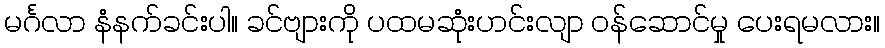
မင်္ဂလာ နံနက်ခင်းပါ။ ခင်ဗျားကို ပထမဆုံးဟင်းလျာ ဝန်ဆောင်မှု ပေးရမလား။